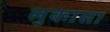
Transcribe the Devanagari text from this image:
लुकासा